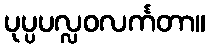
ပုပ္ပပလ္လဝလင်္ကတာ။